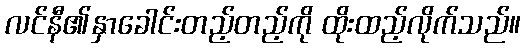
လင်နီ၏နှာခေါင်းတည့်တည့်ကို ထိုးထည့်လိုက်သည်။